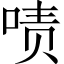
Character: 啧